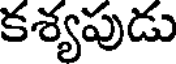
కశ్యపుడు